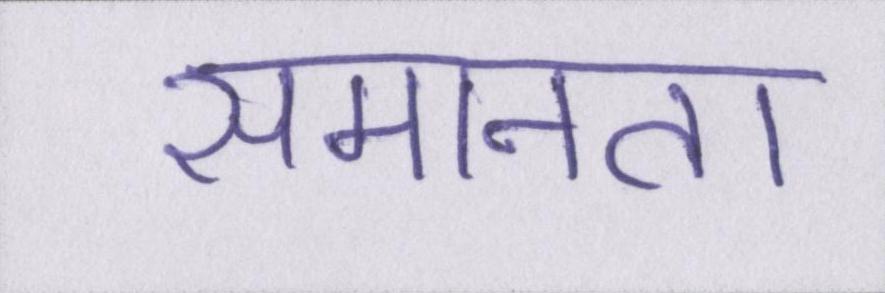
समानता